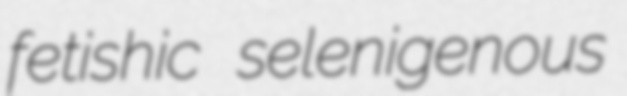
fetishic selenigenous